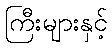
ကြီးများနှင့်